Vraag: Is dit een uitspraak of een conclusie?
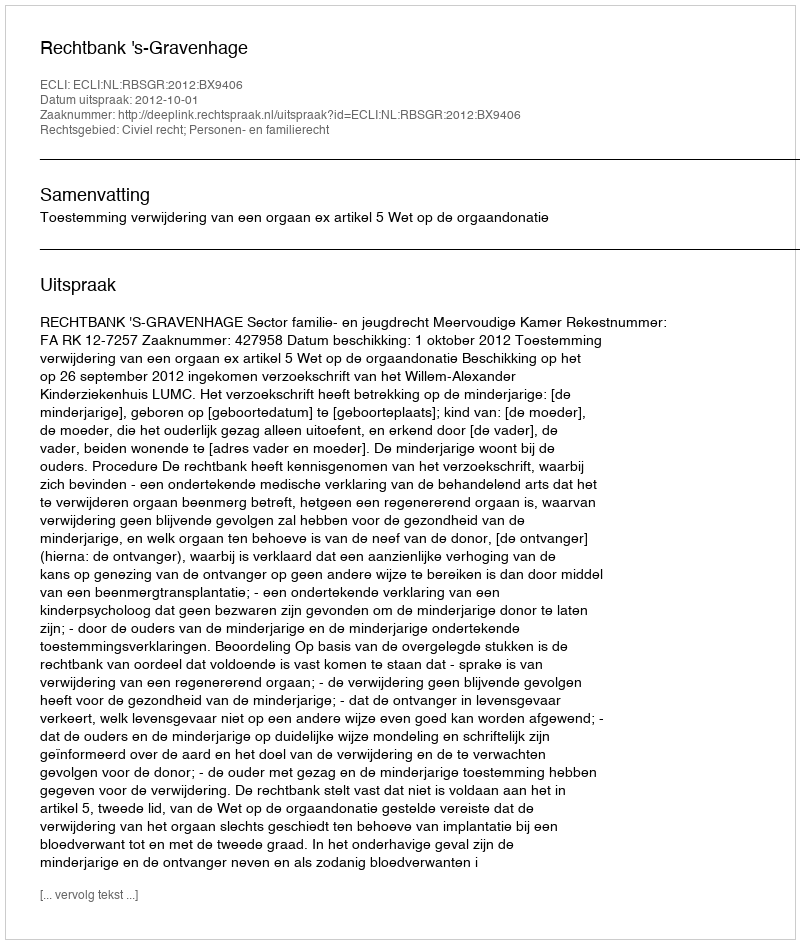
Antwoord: Uitspraak